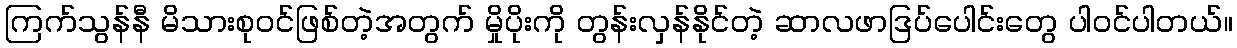
ကြက်သွန်နီ မိသားစုဝင်ဖြစ်တဲ့အတွက် မှိုပိုးကို တွန်းလှန်နိုင်တဲ့ ဆာလဖာဒြပ်ပေါင်းတွေ ပါဝင်ပါတယ်။